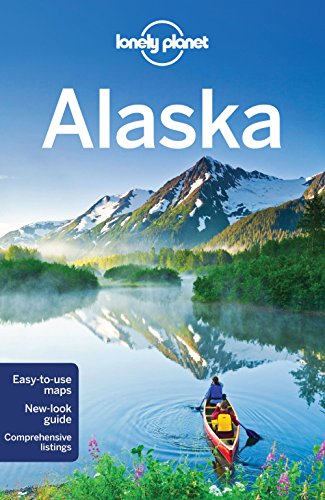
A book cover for Lonely Planet Alaska (Travel Guide); Lonely Planet; Travel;